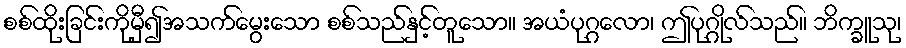
စစ်ထိုးခြင်းကိုမှီ၍အသက်မွေးသော စစ်သည်နှင့်တူသော။ အယံပုဂ္ဂလော၊ ဤပုဂ္ဂိုလ်သည်။ ဘိက္ခူသု၊